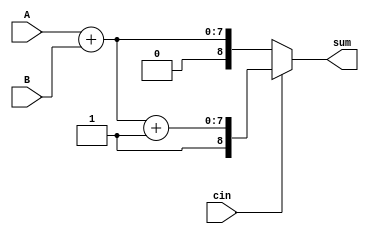
module carry_select_adder(
    input wire [7:0] A,
    input wire [7:0] B,
    input wire cin,
    output reg [8:0] sum
);
    
    wire [7:0] sum_c0;    // sum with carry-in 0
    wire [7:0] sum_c1;    // sum with carry-in 1
    
    assign sum_c0 = A + B;
    assign sum_c1 = A + B + 1;
    
    always @(A, B, cin) begin
        if(cin == 0)
            sum = {cin, sum_c0};
        else
            sum = {cin, sum_c1};
    end

endmodule